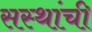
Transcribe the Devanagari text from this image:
सस्थांची